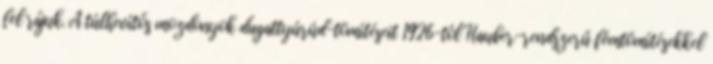
fel rájuk. A túlhevítős mozdonyok dugattyúrúd-tömítéseit 1926-tól Hauber-rendszerű fémtömítésekkel